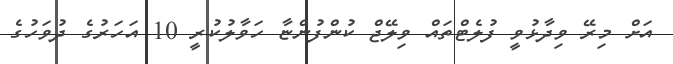
އަށް މިރޭ ވިދާޅުވީ ފުލެޓްތައް ވިލޭޖް ކުންފުންޏާ ހަވާލުކުރީ 10 އަހަރުގެ ދުވަހުގެ